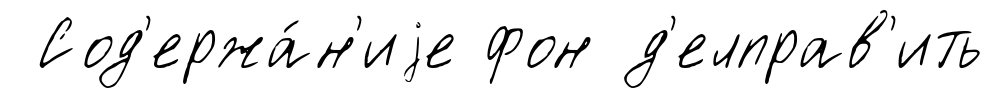
Сод'ержа́н'иjе фон д'елправ'ить